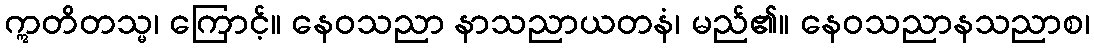
ဣတိတသ္မ၊ ကြောင့်။ နေဝသညာ နာသညာယတနံ၊ မည်၏။ နေဝသညာနသညာစ၊